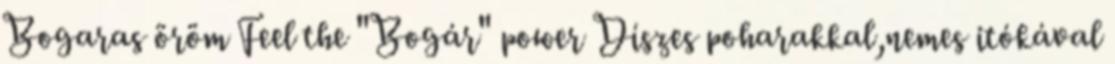
Bogaras öröm Feel the "Bogár" power Díszes poharakkal,nemes itókával